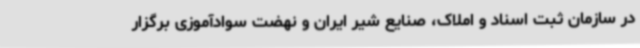
در سازمان ثبت اسناد و املاک، صنایع شیر ایران و نهضت سوادآموزی برگزار